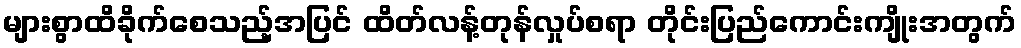
များစွာထိခိုက်စေသည့်အပြင် ထိတ်လန့်တုန်လှုပ်စရာ တိုင်းပြည်ကောင်းကျိုးအတွက်